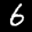
Label: 6